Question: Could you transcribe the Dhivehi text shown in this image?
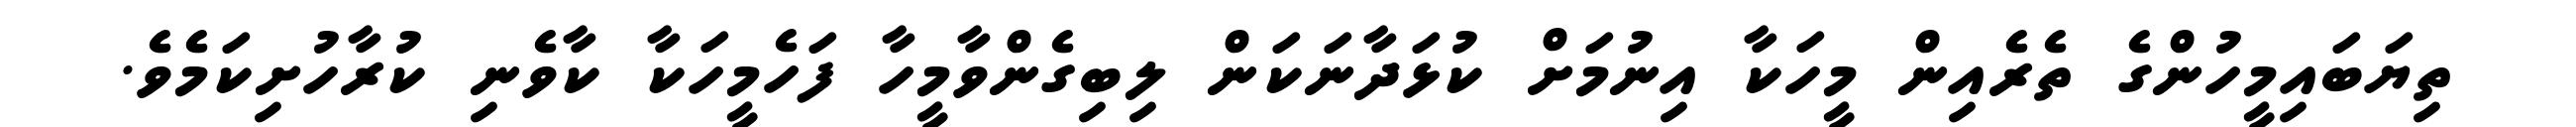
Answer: ތިޔަބައިމީހުންގެ ތެރެއިން މީހަކާ އިނުމަށް ކުޅަދާނަކަން ލިބިގެންވާމީހާ ފަހެމީހަކާ ކާވެނި ކުރާހުށިކަމެވެ.